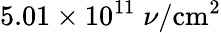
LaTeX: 5.01\times 10^{11}\; \nu/\textrm{cm}^{2}